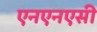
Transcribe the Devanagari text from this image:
एनएनएसी